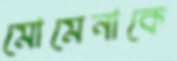
মোমেনাকে